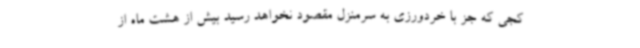
کجی که جز با خردورزی به سرمنزل مقصود نخواهد رسید بیش از هشت ماه از